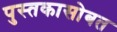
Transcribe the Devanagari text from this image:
पुस्तकासोबत